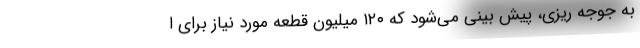
به جوجه ریزی، پیش بینی می‌شود که ۱۲۰ میلیون قطعه مورد نیاز برای ا